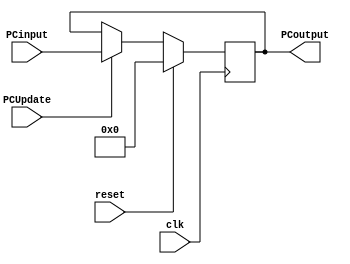
module PC(
    input clk,
    input reset,
    input [31:0] PCinput,
    input PCUpdate,
    output [31:0] PCoutput
);
    reg [31:0] PC;
    initial begin
        PC = 0;
    end
    initial begin
        $dumpvars(0,PC);
    end
    always @(posedge clk) begin
        if (reset) begin
            PC = 0;
        end
        else begin
            if (PCUpdate) begin                 // PC is being updated by PCinput so if PC+1 should be passed to PCInput to get to next instruction; 1 as the instruction memory is word addressable
                PC = PCinput;
            end
        end
    end
    assign PCoutput = PC;
endmodule